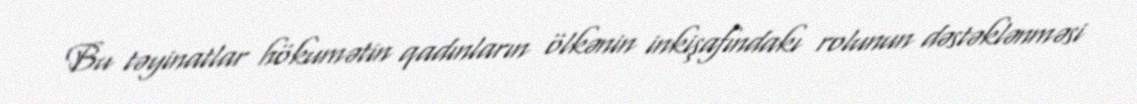
Bu təyinatlar hökumətin qadınların ölkənin inkişafındakı rolunun dəstəklənməsi